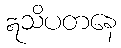
ဣသိပတနေ